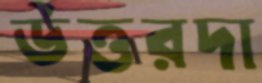
উত্তরদা